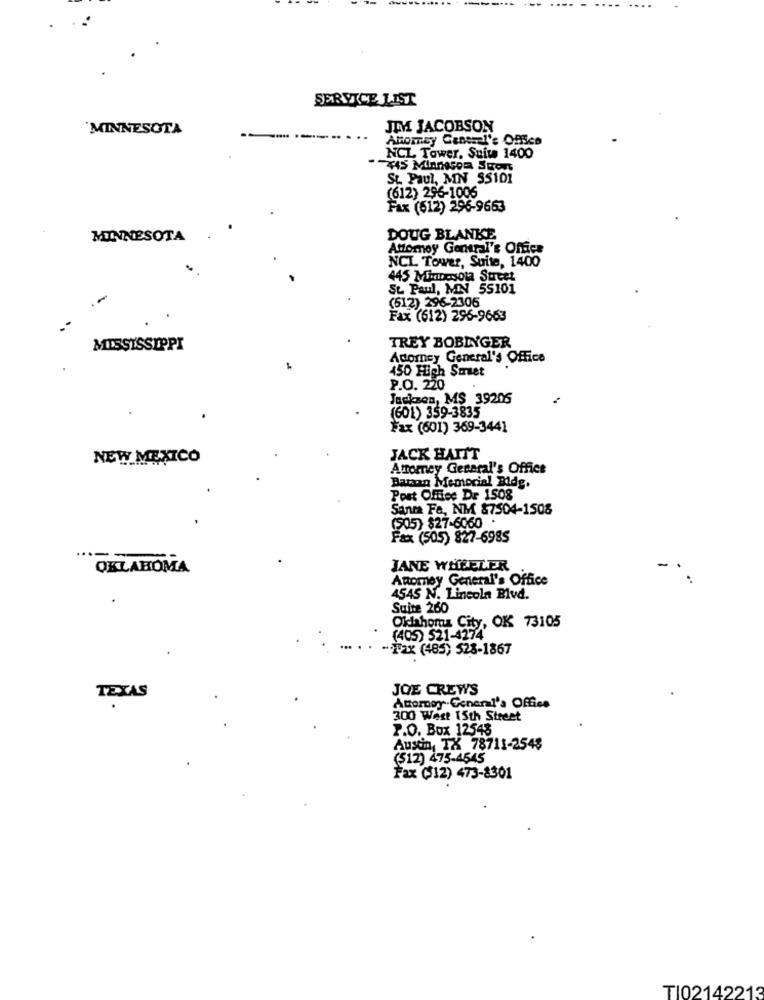
SERVICE LIST
MINNESOTA
JIM JACOBSON
Ahorney Canesel's Office
NCL Tower, Suite 1400
St. Paul, MN SS101
(612) 296-1006
Fax (612) 296-9663
MINNESOTA
DOUG BLANKE
Attorney General's Office
NCL Tower, Suite, 1400
445 Minnesota Street
St. Paul, MN 55101
(612) 296-2305
Fax (612) 296-9663
MISSISSIPPI
TREY BOBINGER
Acomey General's Office
450 High Smet
P.O. 220
Jackson, MS 39205
(601) 359-3835
Fax (601) 369-3441
NEW MEXICO
JACK HAITT
Attorney General's Office
Banan Memorial Bidg.
Post Office Dr 1508
Santa Fe, NM 87504-1508
(505) $27-6060 ·
Fax (505) 827-6985
OKLAHOMA
JANE WHEELER
Attorney General's Office
4545 N. Lincoln Blvd.
Suite 260
Oklahoma City, OK 73105
(405) 521-4274
-Tax (485) 528-1867
JOE CREWS
TEXAS
Attorney General's Office
300 West 15th Street
P.O. Box 12543
Austin, TX 78711-254$
(512) 475-4545
Fax ($12) 473-8301
TI02142213